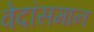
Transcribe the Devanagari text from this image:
वेदांसमान